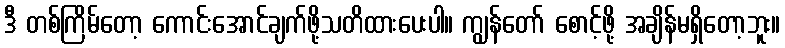
ဒီ တစ်ကြိမ်တော့ ကောင်းအောင်ချက်ဖို့သတိထားပေးပါ။ ကျွန်တော် စောင့်ဖို့ အချိန်မရှိတော့ဘူး။